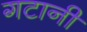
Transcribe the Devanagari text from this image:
गटानी